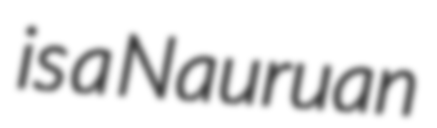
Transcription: is a Nauruan